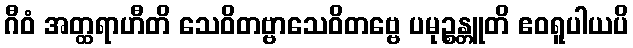
ဂီဝံ အတ္ထရာဟီတိ သေဝိတဗ္ဗာသေဝိတဗ္ဗေ ပမုဉ္စန္တူတိ ဧဝရူပါယပိ